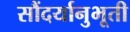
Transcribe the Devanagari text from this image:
सौंदर्यानुभूती